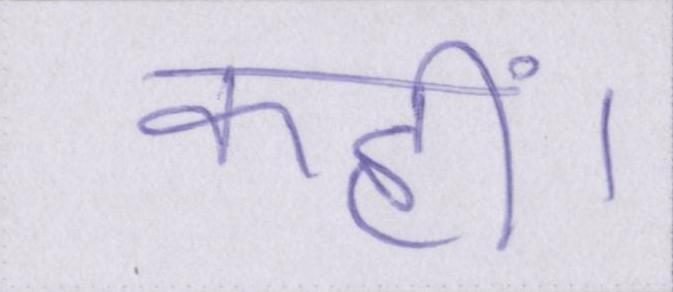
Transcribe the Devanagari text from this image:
कहीं।